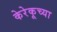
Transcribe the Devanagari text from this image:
केरेकूच्या